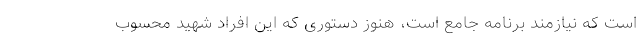
است که نیازمند برنامه جامع است، هنوز دستوری که این افراد شهید محسوب